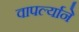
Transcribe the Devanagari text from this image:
वापर्ल्याने